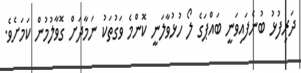
ދަރިފުޅު ބުނެފައިވަނީ ބައްޕަގެ ލޯ ހުޅުވާލަނީ ކޮންމެ ވަގުތަކު ނަމާދަށް ގޮވާލުމުން ކަމަށެވެ.